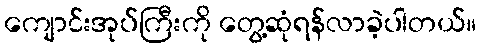
ကျောင်းအုပ်ကြီးကို တွေ့ဆုံရန်လာခဲ့ပါတယ်။